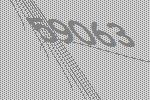
59063